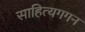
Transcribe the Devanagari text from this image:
साहित्यगगन